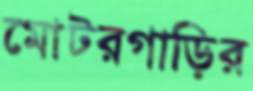
মোটরগাড়ির